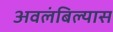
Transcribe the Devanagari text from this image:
अवलंबिल्यास